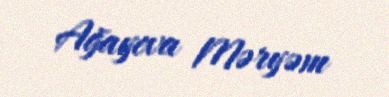
Ağayeva Məryəm